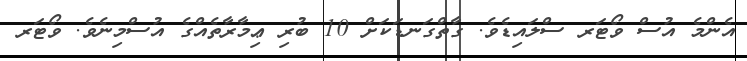
އެންމެ އުސް ވޯޓަރ ސްލައިޑެވެ. ގާތްގަނޑަކަށް 10 ބުރި ޢިމާރާތެއްގެ އުސްމިނެވެ. ވޯޓަރ